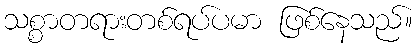
သစ္စာတရားတစ်ရပ်ပမာ ဖြစ်နေသည်။